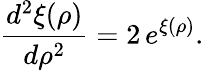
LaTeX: \frac{d^{2}\xi(\rho)}{d\rho^{2}}=2\, e^{\xi(\rho)}.